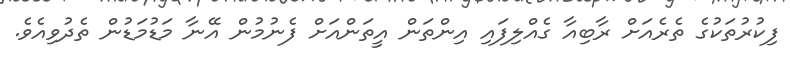
ފިކުރުތަކުގެ ތެރެއަށް ރާބިއާ ގެއްލިފައި އިންތަން އީތަންއަށް ފެނުމުން އޭނާ މަޑުމަޑުން ތެދުވިއެވެ.